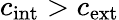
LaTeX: c_{\mathrm{int}}>c_{\mathrm{ext}}